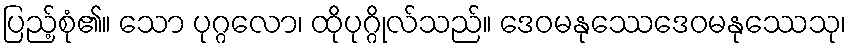
ပြည့်စုံ၏။ သော ပုဂ္ဂလော၊ ထိုပုဂ္ဂိုလ်သည်။ ဒေဝမနုဿေဒေဝမနုဿေသု၊